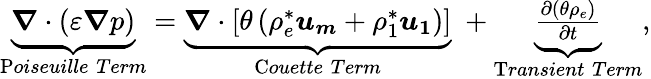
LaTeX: \begin{array}{r}{\underbrace{\boldsymbol{\nabla}\cdot\left({\varepsilon}\boldsymbol{\nabla}p\right)}_{\mathrm{P}oiseuille\; Term}=\underbrace{\boldsymbol{\nabla}\cdot\left[\theta\left({\rho_{e}^{*}}\boldsymbol{u_{m}}+{\rho_{1}^{*}}\boldsymbol{u_{1}}\right)\right]}_{\mathrm{C}ouette\; Term}\; +\underbrace{\frac{\partial\left(\theta\rho_{e}\right)}{\partial t}}_{\mathrm{T}ransient\; Term},}\end{array}